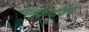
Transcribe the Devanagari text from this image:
लिएदक्षिण